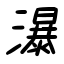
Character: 瀑